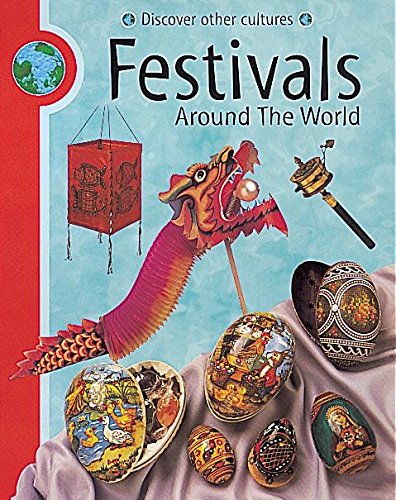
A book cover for Festivals Around the World (Discover Other Cultures); Meryl Doney; Children's Books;